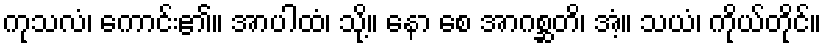
ကုသလံ၊ ကောင်း၏။ အာပါထံ၊ သို့။ နော စေ အာဂစ္ဆတိ၊ အံ့။ သယံ၊ ကိုယ်တိုင်။